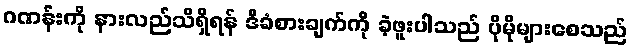
ဂဏန်းကို နားလည်သိရှိရန် ဒီခံစားချက်ကို ခဲ့ဖူးပါသည် ပိုမိုများစေသည်